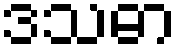
ဒသဓာ